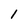
Character: l